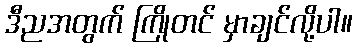
ဒီညအတွက် ကြိုတင် မှာချင်လို့ပါ။